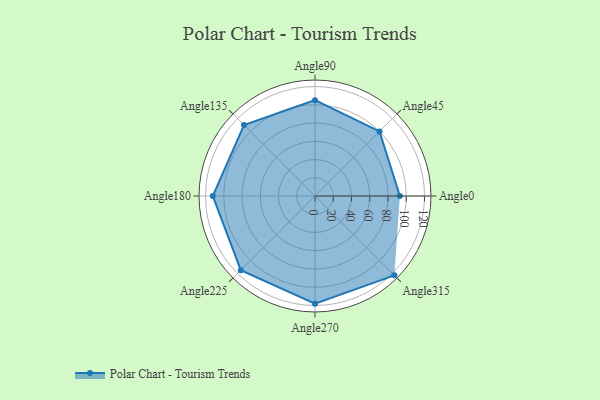
{"axis": {"x": "Angle", "y": "Radius"}, "legend": [""], "data": [{"x": "Angle0", "y": 93.0, "type": ""}, {"x": "Angle45", "y": 100.0, "type": ""}, {"x": "Angle90", "y": 105.0, "type": ""}, {"x": "Angle135", "y": 110.0, "type": ""}, {"x": "Angle180", "y": 112.0, "type": ""}, {"x": "Angle225", "y": 115.0, "type": ""}, {"x": "Angle270", "y": 118.0, "type": ""}, {"x": "Angle315", "y": 123.0, "type": ""}]}